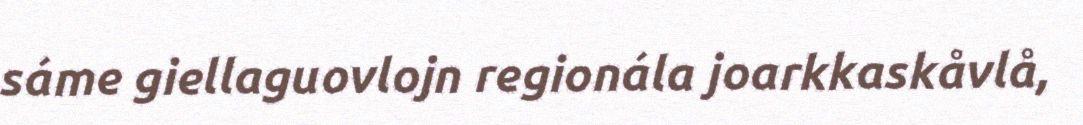
sáme giellaguovlojn regionála joarkkaskåvlå,